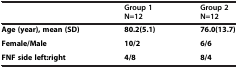
<table><thead><tr><td><b> </b></td><td><b>Group 1</b></td><td><b>Group 2</b></td></tr><tr><td><b> </b></td><td><b>N=12</b></td><td><b>N=12</b></td></tr></thead><tbody><tr><td><b>Age (year), mean (SD)</b></td><td><b>80.2(5.1)</b></td><td><b>76.0(13.7)</b></td></tr><tr><td><b>Female/Male</b></td><td><b>10/2</b></td><td><b>6/6</b></td></tr><tr><td><b>FNF side left:right</b></td><td><b>4/8</b></td><td><b>8/4</b></td></tr></tbody></table>